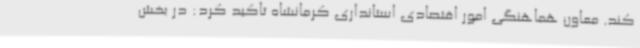
کند. معاون هماهنگی امور اقتصادی استانداری کرمانشاه تاکید کرد: در بخش